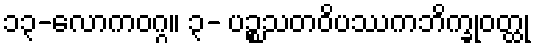
၁၃-လောကဝဂ္ဂ။ ၃- ပဉ္စသတဝိပဿကဘိက္ခုဝတ္ထု